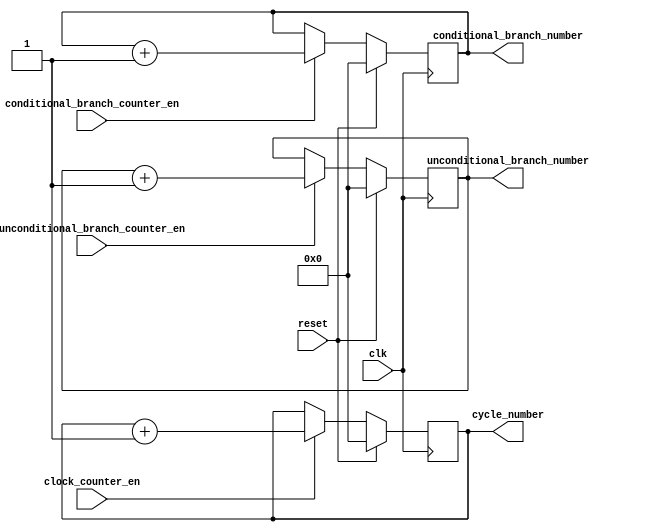
`timescale 1ns / 1ps
// by 

module Cycle_counter(
input clk,
input clock_counter_en,
input unconditional_branch_counter_en,
input conditional_branch_counter_en,
input reset,
output reg [31:0] cycle_number,
output reg [31:0] unconditional_branch_number,
output reg [31:0] conditional_branch_number
 );

initial begin
cycle_number=0;
unconditional_branch_number=0;
conditional_branch_number=0;
end

always@(posedge clk)begin
    if(reset==1) begin 
        cycle_number=0;
        unconditional_branch_number=0;
        conditional_branch_number=0;
    end else begin
        if(clock_counter_en==1) cycle_number<=cycle_number+1;
        if(unconditional_branch_counter_en==1) begin unconditional_branch_number<=unconditional_branch_number+1;end
        if(conditional_branch_counter_en==1) begin conditional_branch_number<=conditional_branch_number+1;end
    end
end

endmodule